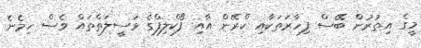
މީގެ އިތުރުން ބޭސް ފިހާރަތަކާއި ކްރޭން އާއި ފޯކްލިފްގެ ވަސީލަތްތައް ވެސް ހިމެނެ